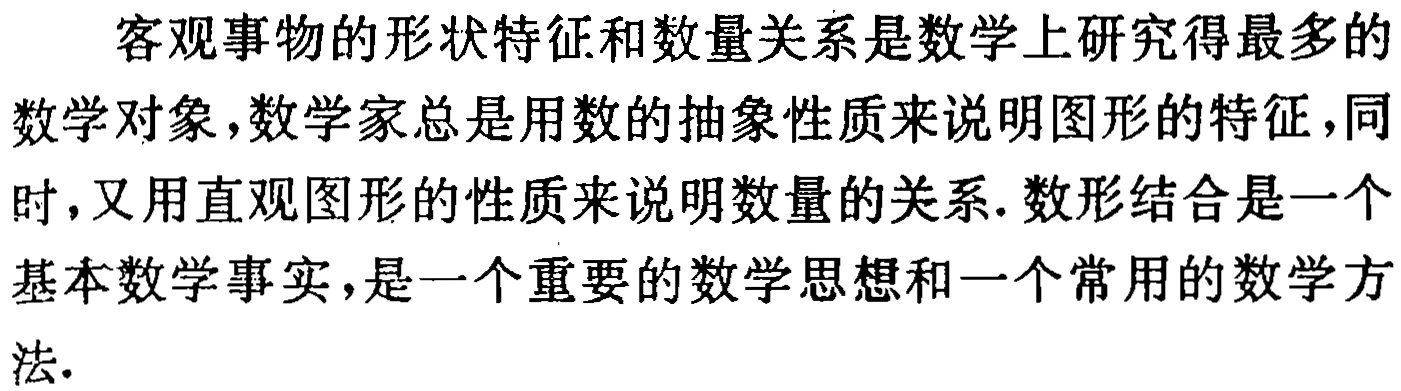
客观事物的形状特征和数量关系是数学上研究得最多的数学对象，数学家总是用数的抽象性质来说明图形的特征，同时，又用直观图形的性质来说明数量的关系. 数形结合是一个基本数学事实，是一个重要的数学思想和一个常用的数学方法.